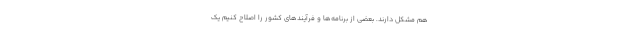
هم مشکل دارند. بعضی از برنامه‌ها و فرآیندهای کشور را اصلاح کنیم یک